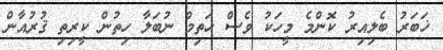
ޚަބަރު ބެލިއިރު ކޮންމެ މީހަކު ވެސް ޚަތިމް ނުބަލާ ހިތުން ކީރިތި ޤުރުއާން